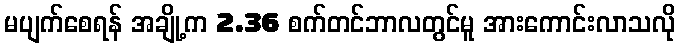
မပျက်စေရန် အချို့က 2.36 စက်တင်ဘာလတွင်မူ အားကောင်းလာသလို